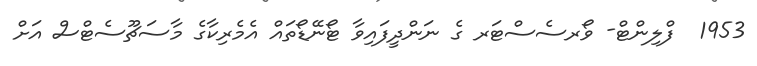
1953  ފްލިންޓް- ވޯރސެސްޓަރ ގެ ނަންދީފައިވާ ޓޯނޭޑޯތައް އެމެރިކާގެ މާސަޗޫސެޓްސް އަށް